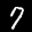
Label: 7